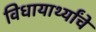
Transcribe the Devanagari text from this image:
विधायार्थ्यांचे